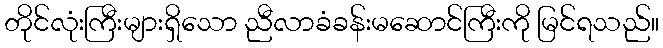
တိုင်လုံးကြီးများရှိသော ညီလာခံခန်းမဆောင်ကြီးကို မြင်ရသည်။